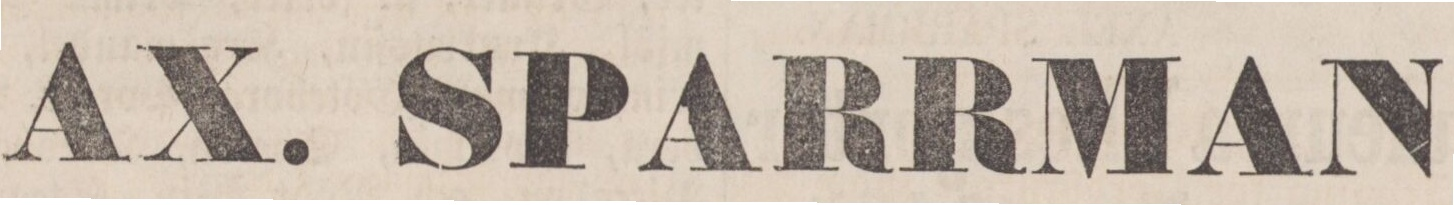
AX. SPARRMAN